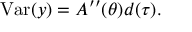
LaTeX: \operatorname { V a r } ( y ) = A ^ { \prime \prime } ( \theta ) d ( \tau ) . \,